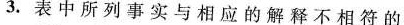
3.表中所列事实与相应的解释不相符的